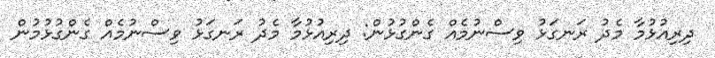
ދިރިއުޅުމާ މެދު ރަނގަޅު ވިސްނުމެއް ގެންގުޅުން: ދިރިއުޅުމާ މެދު ރަނގަޅު ވިސްނުމެއް ގެންގުޅުމުން